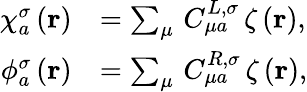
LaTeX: \begin{array}{rl}{\chi_{a}^{\sigma}\left(\mathbf{r}\right)}&{=\sum_{\mu}\, C_{\mu a}^{L,\sigma}\, \zeta\left(\mathbf{r}\right)\mathrm{,}}\\ {\phi_{a}^{\sigma}\left(\mathbf{r}\right)}&{=\sum_{\mu}\, C_{\mu a}^{R,\sigma}\, \zeta\left(\mathbf{r}\right)\mathrm{,}}\end{array}